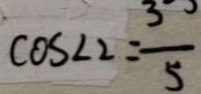
\cos \angle 2 = \frac { 3 } { 5 }